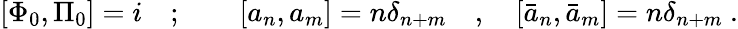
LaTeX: [\Phi_{0},\Pi_{0}]=i\quad;\qquad[a_{n},a_{m}]=n\delta_{n+m}\quad,\quad[\bar{a}_{n},\bar{a}_{m}]=n\delta_{n+m}\ .